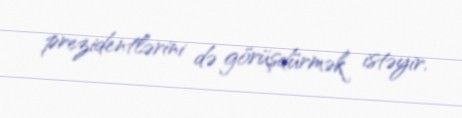
prezidentlərini də görüşdürmək istəyir.